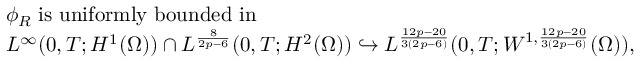
\begin{array} { r l } & { \phi _ { R } \; \mathrm { i s ~ u n i f o r m l y ~ b o u n d e d ~ i n } \; } \\ & { L ^ { \infty } ( 0 , T ; H ^ { 1 } ( \Omega ) ) \cap L ^ { \frac { 8 } { 2 p - 6 } } ( 0 , T ; H ^ { 2 } ( \Omega ) ) \hookrightarrow L ^ { \frac { 1 2 p - 2 0 } { 3 ( 2 p - 6 ) } } ( 0 , T ; W ^ { 1 , \frac { 1 2 p - 2 0 } { 3 ( 2 p - 6 ) } } ( \Omega ) ) , } \end{array}